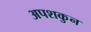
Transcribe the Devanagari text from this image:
अपशकुुन